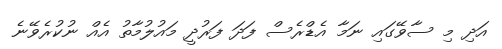
އަދި މި ސާވޭގައި ނަމާ އެޑްރެސް ފަދަ ފަރުދީ މައުލުމާތު އެއް ނުކުރެވޭނެ